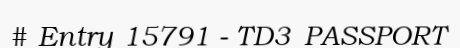
# Entry 15791 - TD3_PASSPORT